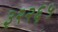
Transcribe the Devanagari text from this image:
३२२६५